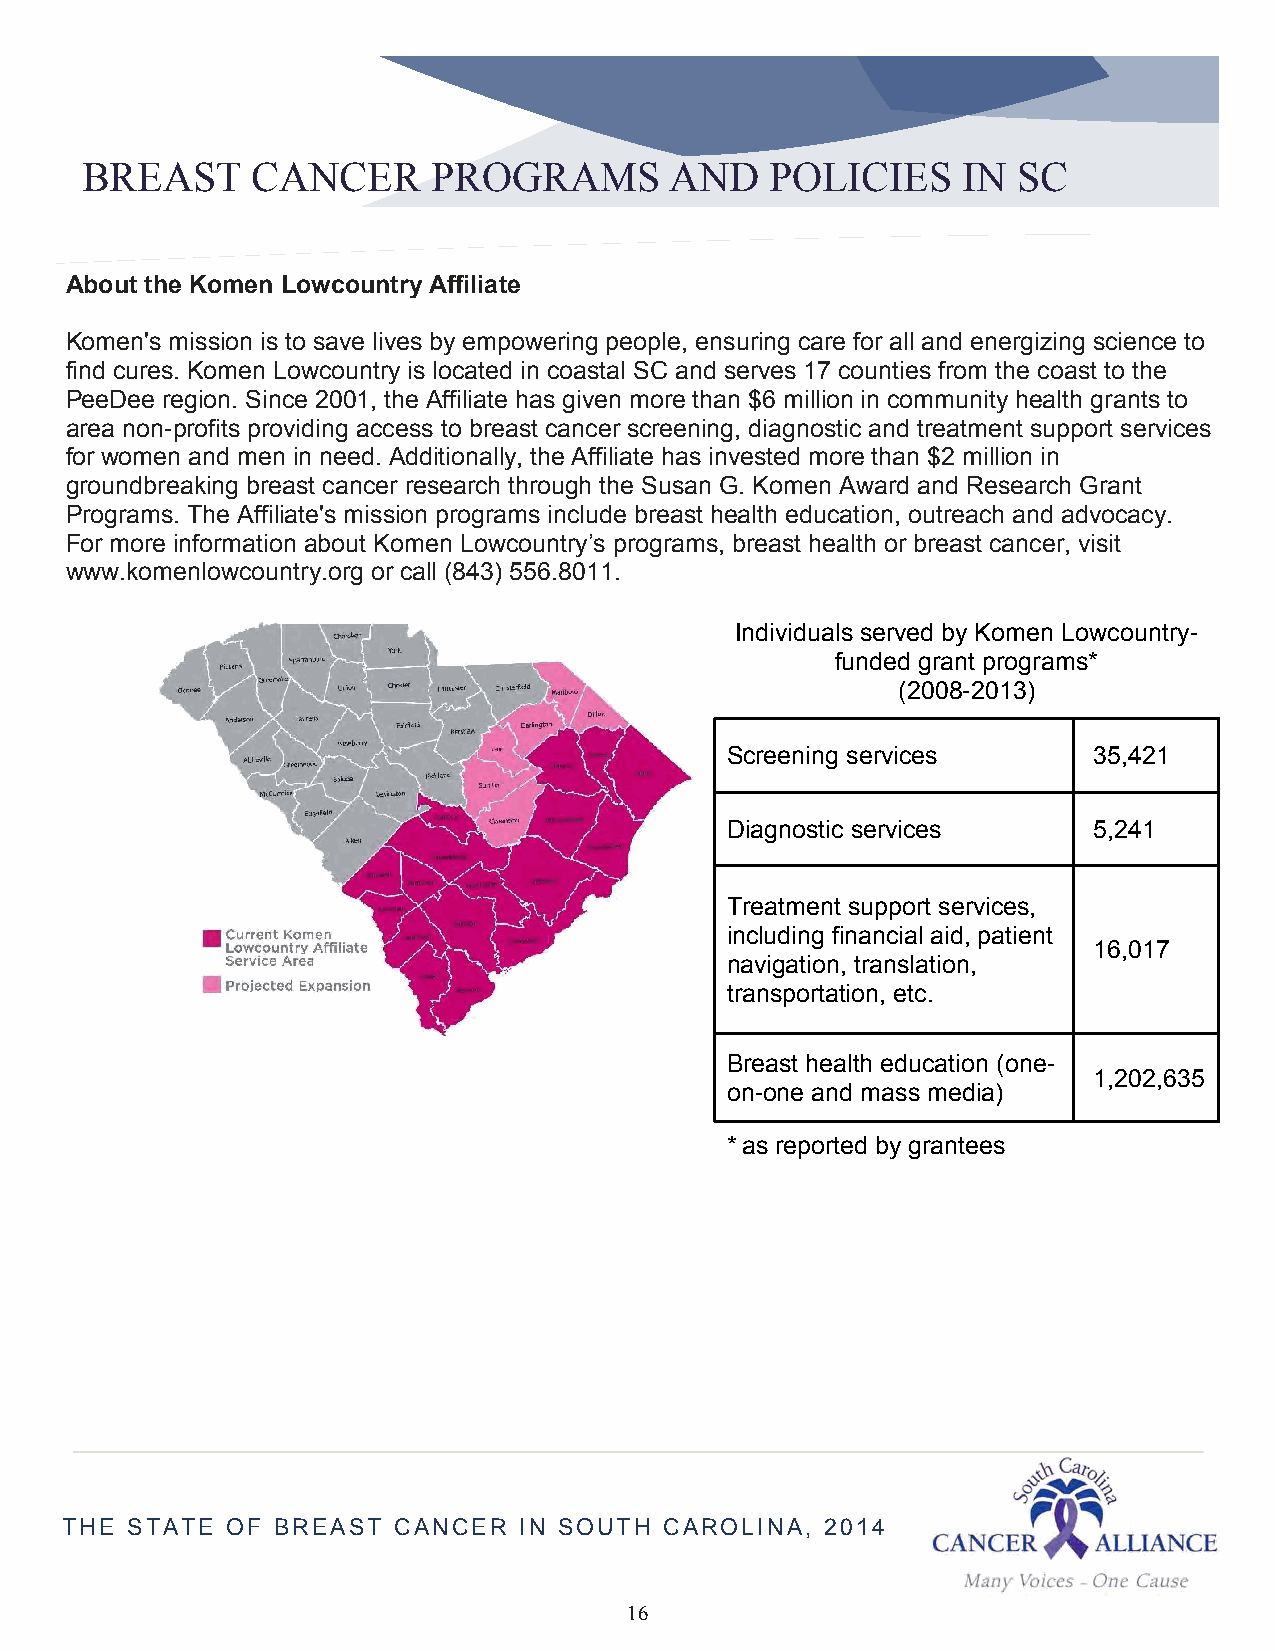
B BRREEAASSTT CCAANNCCEERR PPRROOGGRRAAMMSS AANNDD PPOOLLIICCIIEESS IINN SSCC
 About the Komen Lowcountry Affiliate
 Komen's mission is to save lives by empowering people, ensuring care for all and energizing science to
 find cures. Komen Lowcountry is located in coastal SC and serves 17 counties from the coast to the
 PeeDee region. Since 2001, the Affiliate has given more than $6 million in community health grants to
 area non-profits providing access to breast cancer screening, diagnostic and treatment support services
 for women and men in need. Additionally, the Affiliate has invested more than $2 million in
 groundbreaking breast cancer research through the Susan G. Komen Award and Research Grant
 Programs. The Affiliate's mission programs include breast health education, outreach and advocacy.
 For more information about Komen Lowcountry’s programs, breast health or breast cancer, visit
 www.komenlowcountry.org or call (843) 556.8011.
 Individuals served by Komen Lowcountry-
 funded grant programs*
 (2008-2013)
 Screening services      35,421
 Diagnostic services     5,241
 Treatment support services,
 including financial aid, patient
 16,017
 navigation, translation,
 transportation, etc.
 Breast health education (one-
 1,202,635
 on-one and mass media)
 * as reported by grantees
 TTHHEE SSTTAATTEE OOFF BBRREEAASSTT CCAANNCCEERR IINN SSOOUUTTHH CCAARROOLLIINNAA,, 22001144
 16